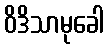
ဝိဒိသာမုခေါ